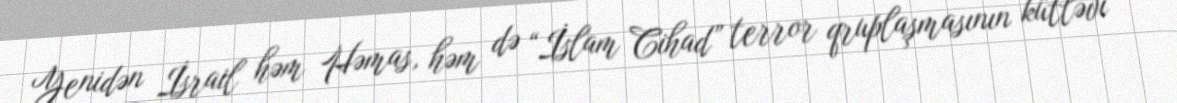
Yenidən İsrail həm Həmas, həm də “İslam Cihad” terror qruplaşmasının kütləvi